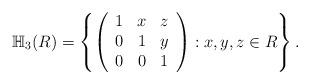
LaTeX: \begin{align*} \mathbb{H}_3(R)=\left\{ \left( \begin{array}{ccc} 1 & x & z \\ 0 & 1 & y\\ 0 & 0 & 1 \end{array} \right) : x,y,z\in R \right\}.\end{align*}